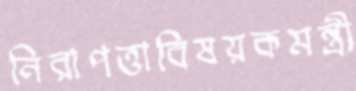
নিরাপত্তাবিষয়কমন্ত্রী